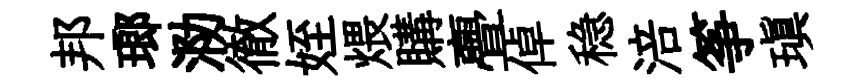
邦瑯泐徹姪煨購亹倬稳涪筝瑱